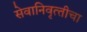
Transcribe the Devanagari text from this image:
सेवानिवृत्‍तीचा